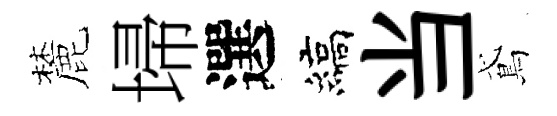
麓埽選縞当鳶